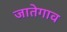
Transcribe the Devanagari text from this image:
जातेगाव